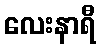
လေးနာရီ